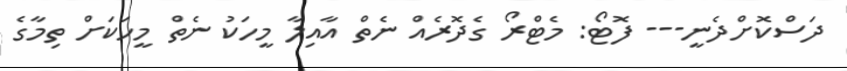
ދަސްކޮށްދެނީ--- ފޮޓޯ: މެޓްރޯ ގެދޮރެއް ނެތް އާއިލާ މީހަކު ނެތް މީހަކަށް ތިމާގެ